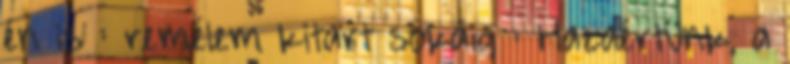
én is : remélem kitart sokáig : Hazaértünk, a